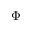
\Phi